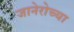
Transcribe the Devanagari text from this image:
जानेरोच्या